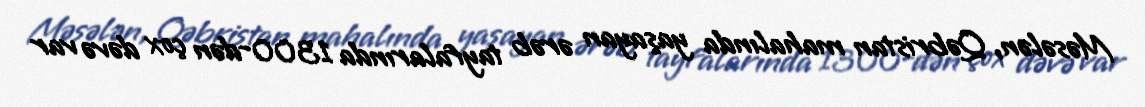
Məsələn, Qəbristan mahalında yaşayan ərəb tayfalarında 1300-dən çox dəvə var